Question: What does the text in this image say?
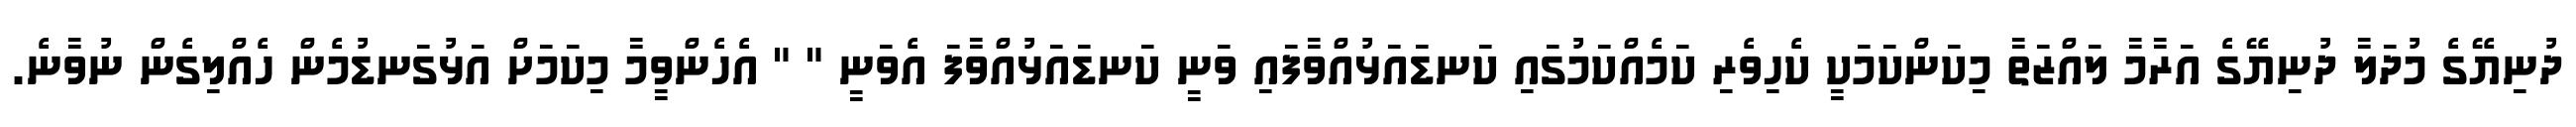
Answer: ދުނިޔޭގެ މުދަލާ ދުނިޔޭގެ އަރާމާ ލައްޒަތާ މިކަންކަމަކީ ކެހިވެރި ކަމެއްކަމުގައި ކަނޑައަޅުއްވާފައި ވަނީ ކަނޑައަޅުއްވާފަ އެވަނީ " " އެހެންވީމާ މިކަމަށް އަޅުގަނޑުމެން ހެއްލިގެން ނުވާނެ.